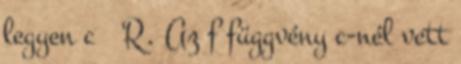
legyen c ∈ R. Az f függvény c-nél vett